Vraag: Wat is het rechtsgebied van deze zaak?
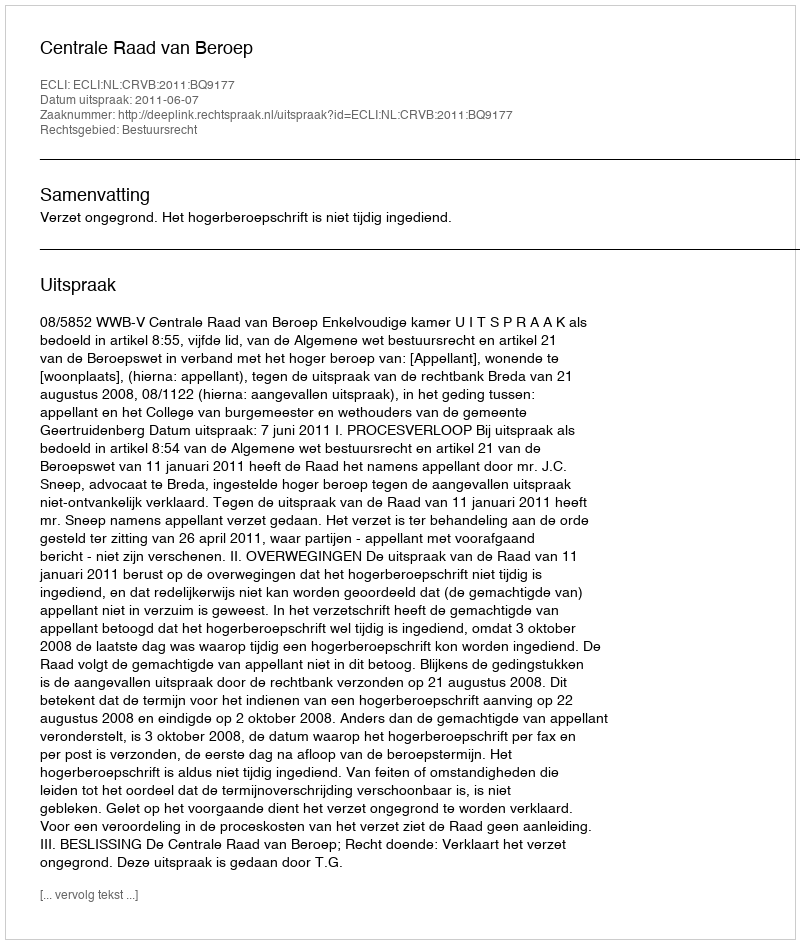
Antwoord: Bestuursrecht